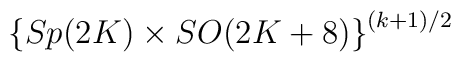
\left \{ Sp(2K) \times SO(2K+8) \right \}^{(k+1)/2}